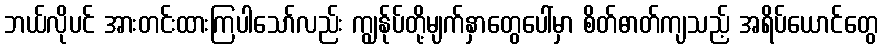
ဘယ်လိုပင် အားတင်းထားကြပါသော်လည်း ကျွန်ုပ်တို့မျက်နှာတွေပေါ်မှာ စိတ်ဓာတ်ကျသည့် အရိပ်ယောင်တွေ